Lock hospitals Punjab
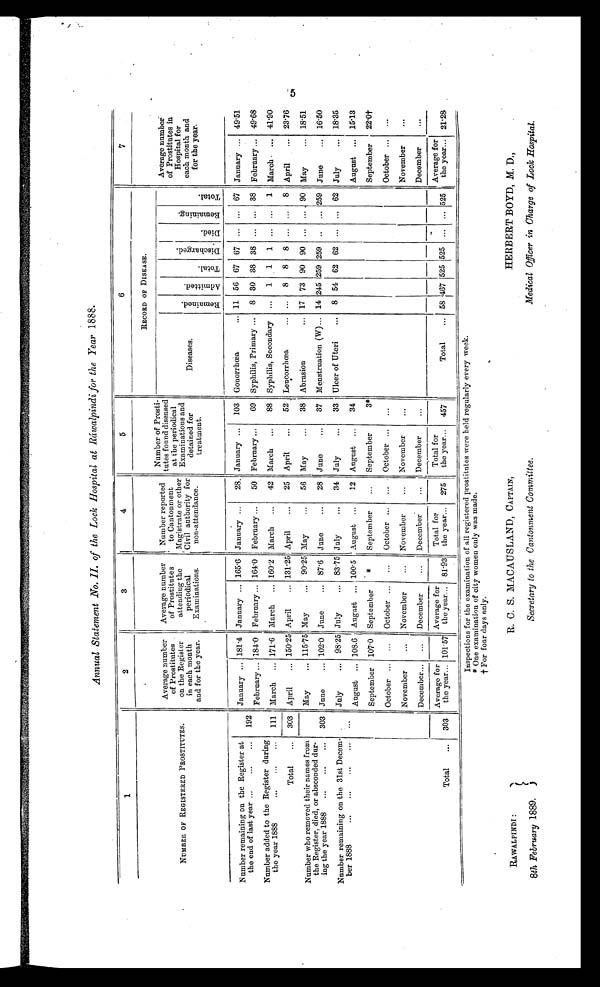
Annual Statement No. II. of the Lock Hospital at Ráwalpindi for the Year 1888.
1
2
3
4
5
6
7
NUMBER OF REGISTERED PROSTITUTES.
Average number
of Prostitutes
on the Register
in each month
and for the year.
Average number
of Prostitutes
attending the
periodical
Examinations.
Number reported
to Cantonment
Magistrate or other
Civil authority for
non-attendance.
Number of Prosti-
tutes found diseased
at the periodical
Examinations and
detained for
treatment.
RECORD OF DI SEASE.
Average number
of Prostitutes in
Hospital for
each month and
for the year.
Diseases.
R e m a i n e d .
A d m i t t e d .
T o t a l .
D i s c h a r g e d .
D i e d .
R e m a i n i n g .
T o t a l .
Number remaining on the Register at
the end of last year
January
181.4 January
165.6 January
28. January
103
Gonorrhœa
11
56 67 67
. . .
. . . 67 January
49.51
192
February
184.0 February
164.0 February
50 February
69 Syphilis, Primary
8 30 38 38
. . .
. . . 38
February
49.68
Number added to the Register during
the year 1888
111 March
171.6 March
160.2 March
42 March
88
Syphilis, Secondary
. . .
1
1
1
. . .
. . .
1 March
41.90
Total
303 April
150.25 April
131.25 April
25
April
52 Leucorrhœa
. . .
8
8
8
. . .
. . .
8 April
23.76
Number who removed their names from
the Register, died, or absconded dur-
ing the year 1888
May
115.75 May
90.25 May
56 May
38 Abrasion
17 73 90 90
. . .
. . . 90 May
18.51
303 June
102.0 June
87.6 June
28 June
37
Menstruation (W)
14 245
2 5 9 259
. . .
. . . 259 June
16.50
Number remaining on the 31st Decem-
ber 1888
July
98.25 July
83.75 July
34 July
33 Ulcer of Uteri
8 54 62 62
. . .
. . .
62 July
18.35
August
108.6 August
100.5 August
12 August
34
August
15.13
September
107.0
September
*
September
. . .
September
3*
September
22.0†
October
. . .
October
. . .
October
. . .
October
...
October
...
November
. . .
November
. . .
November
. . .
November
...
November
...
December
. . .
December
. . .
December
. . .
December
...
December
...
Total
. . .
303
Average for
the year
101.57
Average for
the year
81.93
Total for
the year
275
Total for
the year
457
Total
58 467 525 525
. . .
. . . 525
Average for
the year
21.28
I n s p e c t i o n s f o r t h e e x a m i n a t i o n o f a l l r e g i s t e r e d p r o s t i t u t e s w e r e h e l d r e g u l a r l y e v e r y w e e k .
* One examination of city women only was made.
† F o r f o u r d a y s o n l y .
RAWALPINDI :
R. C. S. MACAUSLAND, CAPTAIN, HERBERT BOYD, M.
D
.,
8th February 1889. ) Secretary to the Cantonment Committee. Medical Officer in Charge of Lock Hospital.